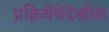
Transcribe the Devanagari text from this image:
प्रक्रियेंचेदेखील